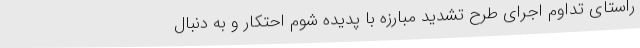
راستای تداوم اجرای طرح تشدید مبارزه با پدیده شوم احتکار و به دنبال